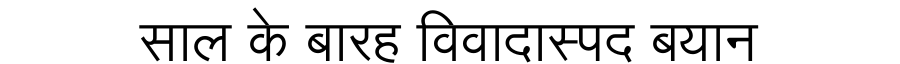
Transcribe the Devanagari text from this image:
साल के बारह विवादास्पद बयान